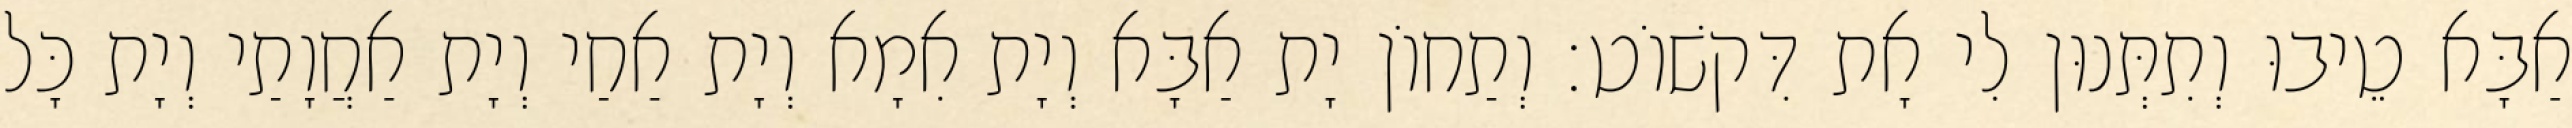
אַבָּא טֵיבוּ וְתִתְּנוּן לִי אָת דִּקשׁוֹט׃ וְתַחוֹן יָת אַבָּא וְיָת אִמָא וְיָת אַחַי וְיָת אַחֲוָתַי וְיָת כָּל